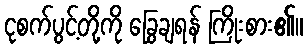
ငုစက်ပွင့်တို့ကို ခြွေချရန် ကြိုးစား၏။